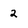
Character: 2